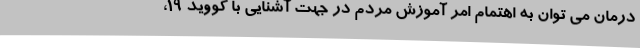
درمان می توان به اهتمام امر آموزش مردم در جهت آشنایی با کووید 19،